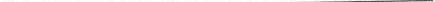
___